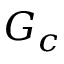
G _ { c }